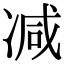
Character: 减